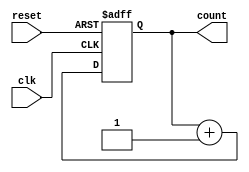
module async_reset_sync_counter (
    input wire clk,            // Clock input
    input wire reset,          // Asynchronous reset input
    output reg [2:0] count     // 3-bit counter output
);

// Always block for the counter logic
always @(posedge clk or posedge reset) begin
    if (reset) begin
        count <= 3'b000;       // Reset the counter to 0
    end else begin
        count <= count + 1;    // Increment the counter on clock edge
    end
end

endmodule